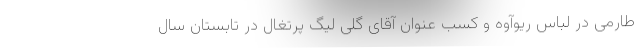
طارمی در لباس ریوآوه و کسب عنوان آقای گلی لیگ پرتغال در تابستان سال